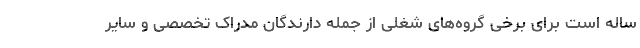
ساله است برای برخی گروه‌های شغلی از جمله دارندگان مدراک تخصصی و سایر